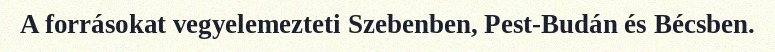
A forrásokat vegyelemezteti Szebenben, Pest-Budán és Bécsben.